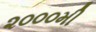
૨૦૦૦મી